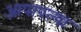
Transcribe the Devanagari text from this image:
आपापल्‍या